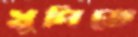
খুপিতে